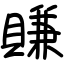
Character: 賺